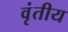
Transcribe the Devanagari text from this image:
वृंतीय